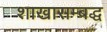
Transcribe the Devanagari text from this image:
शाखासम्बद्ध